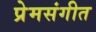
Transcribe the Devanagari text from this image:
प्रेमसंगीत